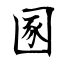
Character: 圂